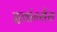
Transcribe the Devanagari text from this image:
इवांन्सेंस